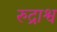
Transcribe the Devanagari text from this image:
रुद्राश्व